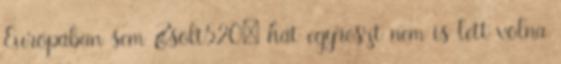
Európában sem Zsolt520: hát egyrészt nem is lett volna